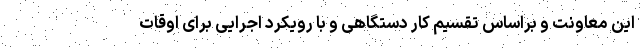
این معاونت و براساس تقسیم کار دستگاهی و با رویکرد اجرایی برای اوقات